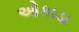
ઓકાડા